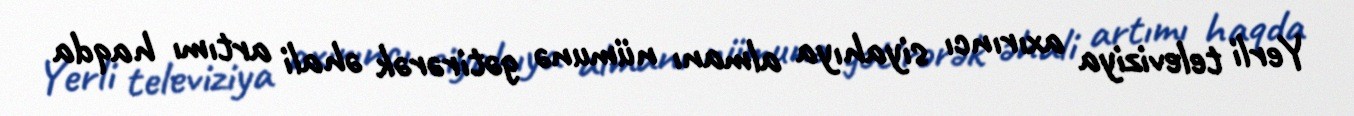
Yerli televiziya axırıncı siyahıya almanı nümunə gətirərək əhali artımı haqda